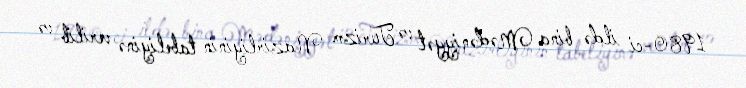
1980-ci ildə bina Mədəniyyət və Turizm Nazirliyinin tabeliyinə verilib və